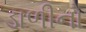
ડાળીનો